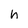
Character: h